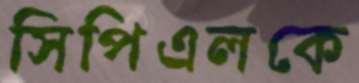
সিপিএলকে